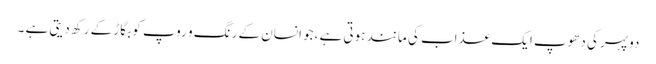
دوپہر کی دھوپ ایک عذاب کی مانند ہوتی ہے ،جو انسان کے رنگ و روپ کو بگاڑ کے رکھ دیتی ہے ۔